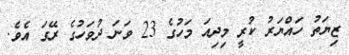
ޒިޔަތު ހައްޔަރު ކުރީ މިދިއަ މަހުގެ 23 ވަނަ ދުވަހުގެ ރޭގަ އެވެ.